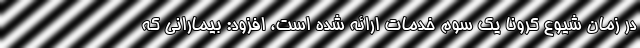
در زمان شیوع کرونا یک سوم خدمات ارائه شده است، افزود: بیمارانی که